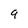
Character: q